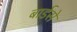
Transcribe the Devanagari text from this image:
बार्डसे